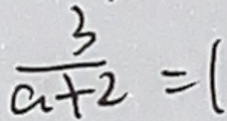
\frac { 3 } { a + 2 } = 1